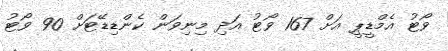
ވޯޓު އެމްޑީޕީ އަށް 167 ވޯޓު އަދި މިނިވަން ކެންޑިޑޭޓަށް 90 ވޯޓު